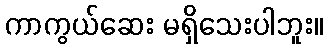
ကာကွယ်ဆေး မရှိသေးပါဘူး။